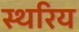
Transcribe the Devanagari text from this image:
स्थरिय